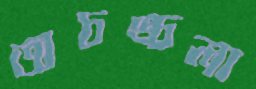
অচঙ্চলা